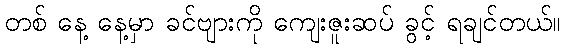
တစ် နေ့ နေ့မှာ ခင်ဗျားကို ကျေးဇူးဆပ် ခွင့် ရချင်တယ်။